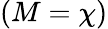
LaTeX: (M=\chi)